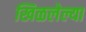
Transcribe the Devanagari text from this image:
खिळलेल्या